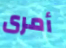
أمرى